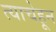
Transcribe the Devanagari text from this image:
त्याचेहून